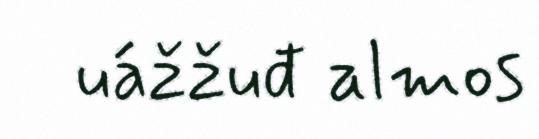
uážžuđ almos